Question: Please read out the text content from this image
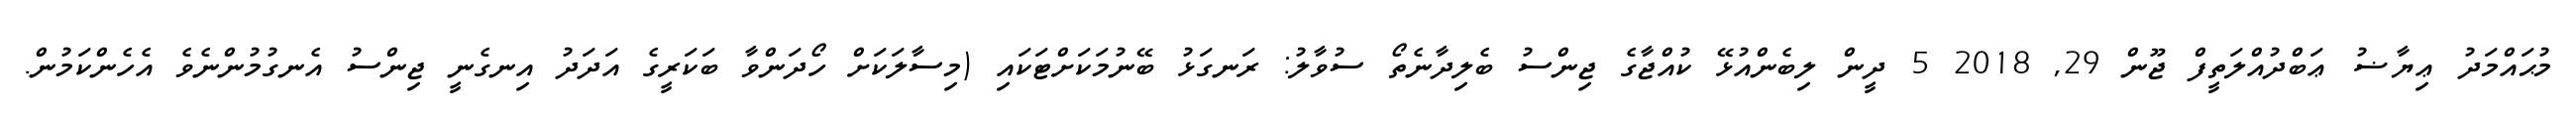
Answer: މުޙައްމަދު ޢިޔާޟު ޢަބްދުއްލަތީފް ޖޫން 29, 2018 5 ދީން ލިބެންއުޅޭ ކުއްޖާގެ ޖިންސު ބެލިދާނެތޯ ސުވާލު: ރަނގަޅު ބޭނުމަކަށްޓަކައި (މިސާލަކަށް ހޯދަންވާ ބަކަރީގެ އަދަދު އިނގެނީ ޖިންސު އެނގުމުންނެވެ އެހެންކަމުން.